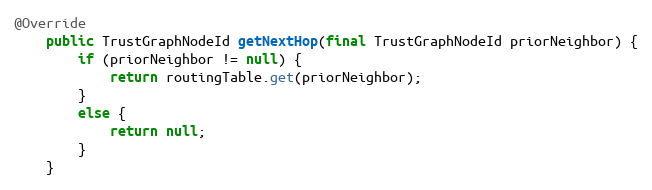
Language: Java
@Override
    public TrustGraphNodeId getNextHop(final TrustGraphNodeId priorNeighbor) {
        if (priorNeighbor != null) {
            return routingTable.get(priorNeighbor);
        }
        else {
            return null;
        }
    }